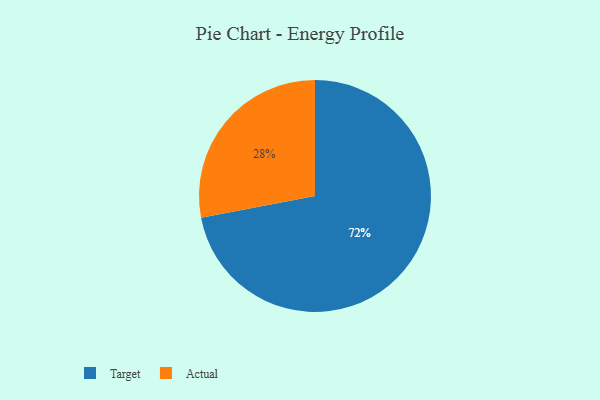
{"axis": {"x": "Category", "y": "Percentage"}, "legend": ["Actual", "Target"], "data": [{"x": "Target", "y": 72, "type": "Target"}, {"x": "Actual", "y": 28, "type": "Actual"}]}